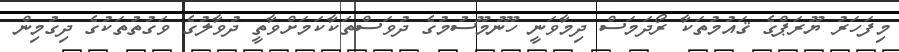
މިފަހަރު ޔޫރަޕްގެ ޤައުމުތަކާ ރޯދަމަސް ދިމާވަނީ ހޫނުމޫސުމުގެ ދުވަސްތަކާކަމަށްވާތީ ދުވާލުގެ ވަގުތުތަކުގެ ދިގުމިން